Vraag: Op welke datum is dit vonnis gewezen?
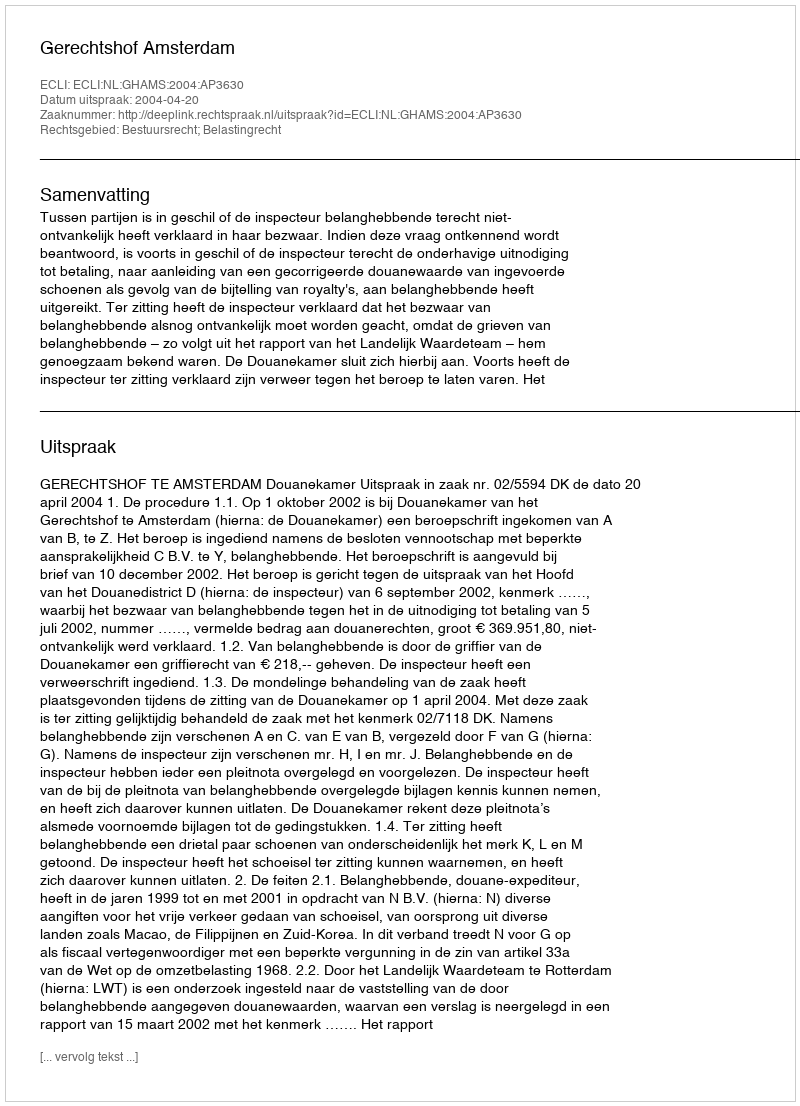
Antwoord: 2004-04-20